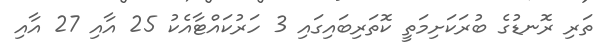
ތަރި ރޮނޑުގެ ބުރަކަށިމަތީ ކޮތަރިބައިގައި 3 ހަރުކައްޓާއެކު 25 އާއި 27 އާއި